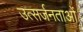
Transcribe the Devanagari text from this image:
उत्सर्जनताओं